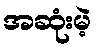
အဆုံးမဲ့